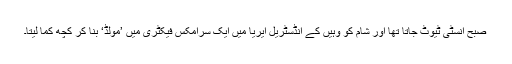
صبح انسٹی ٹیوٹ جاتا تھا اور شام کو وہیں کے انڈسٹریل ایریا میں ایک سرامکس فیکٹری میں ’مولڈ‘ بنا کر کچھ کما لیتا۔